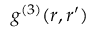
g ^ { ( 3 ) } ( \boldsymbol { r } , \boldsymbol { r } ^ { \prime } )